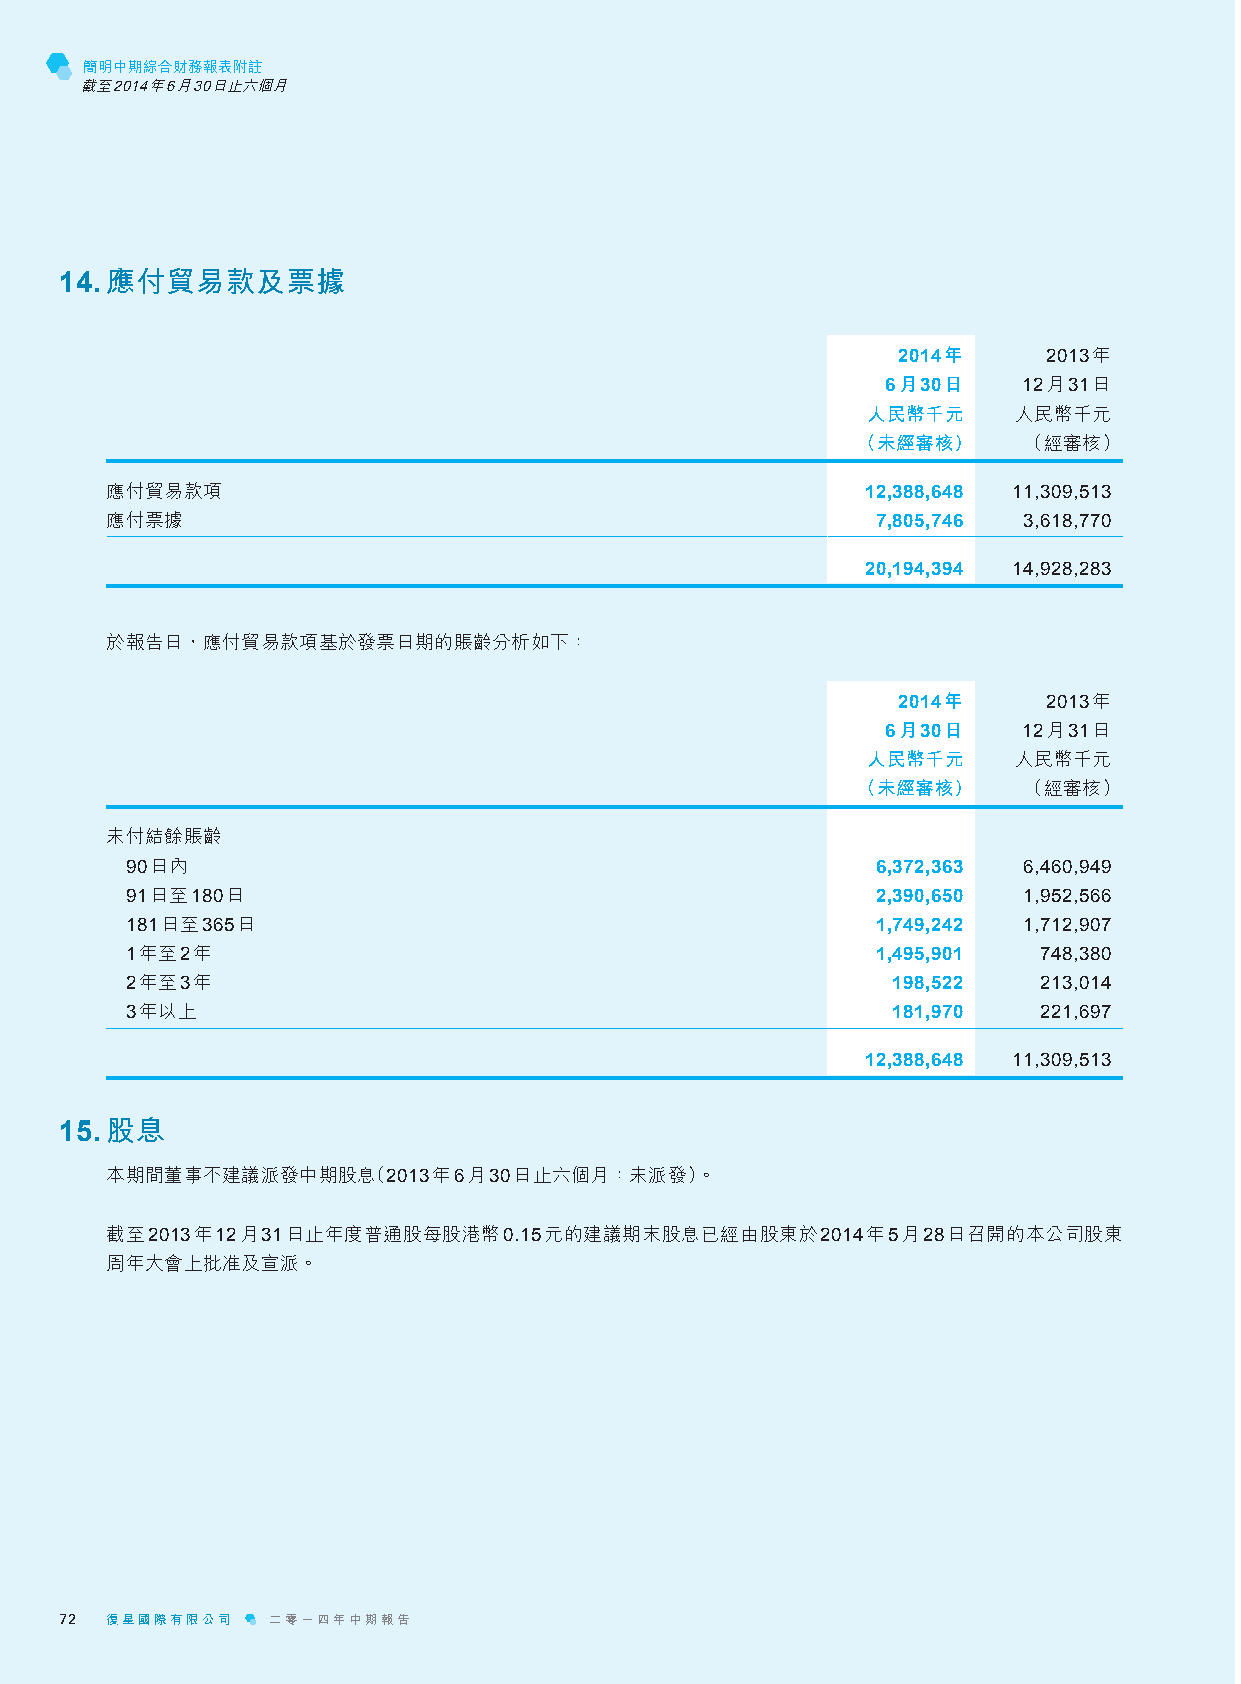
簡明中期綜合財務報表附註
 截至2014年6月30日止六個月
 14. 應付貿易款及票據
 2014年     2013年
 6月30日    12月31日
 人民幣千元     人民幣千元
 （未經審核）     （經審核）
 應付貿易款項                                            12,388,648 11,309,513
 應付票據                                               7,805,746 3,618,770
 20,194,394 14,928,283
 於報告日，應付貿易款項基於發票日期的賬齡分析如下：
 2014年     2013年
 6月30日    12月31日
 人民幣千元     人民幣千元
 （未經審核）     （經審核）
 未付結餘賬齡
 90日內                                              6,372,363 6,460,949
 91日至180日                                          2,390,650 1,952,566
 181日至365日                                         1,749,242 1,712,907
 1年至2年                                             1,495,901  748,380
 2年至3年                                              198,522   213,014
 3年以上                                               181,970   221,697
 12,388,648 11,309,513
 15. 股息
 本期間董事不建議派發中期股息（2013年6月30日止六個月：未派發）。
 截至2013年12月31日止年度普通股每股港幣0.15元的建議期末股息已經由股東於2014年5月28日召開的本公司股東
 周年大會上批准及宣派。
 72 復星國際有限公司   二零一四年中期報告